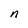
Character: n